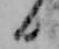
日